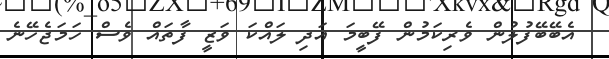
އެބޭބޭފުލުން ވެރިކަމުން ފޭބީމަ އަދި ލައްކަ ވަޒީ ފާތައް ވެސް ހަމަޖެހޭނެ